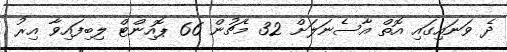
ދެ ވަނައިގައި އޮތް އާސެނަލަށް 32 މެޗުން 66 ޕޮއިންޓް ލިބިފައިވާ އިރު